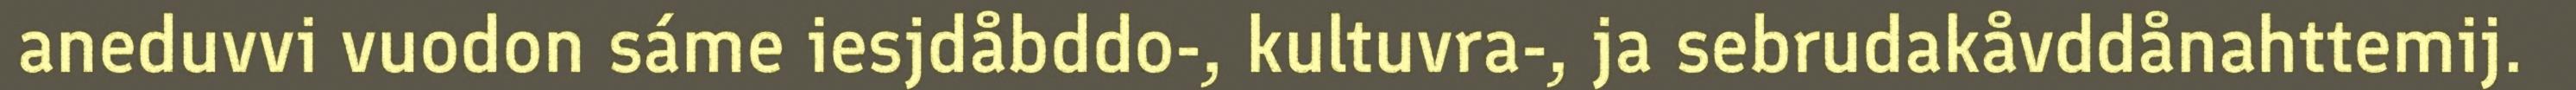
aneduvvi vuodon sáme iesjdåbddo-, kultuvra-, ja sebrudakåvddånahttemij.